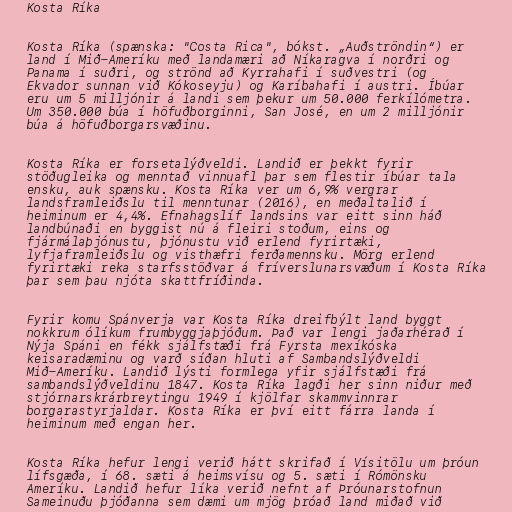
Kosta Ríka

Kosta Ríka (spænska: "Costa Rica", bókst. „Auðströndin“) er
land í Mið-Ameríku með landamæri að Níkaragva í norðri og
Panama í suðri, og strönd að Kyrrahafi í suðvestri (og
Ekvador sunnan við Kókoseyju) og Karíbahafi í austri. Íbúar
eru um 5 milljónir á landi sem þekur um 50.000 ferkílómetra.
Um 350.000 búa í höfuðborginni, San José, en um 2 milljónir
búa á höfuðborgarsvæðinu.

Kosta Ríka er forsetalýðveldi. Landið er þekkt fyrir
stöðugleika og menntað vinnuafl þar sem flestir íbúar tala
ensku, auk spænsku. Kosta Ríka ver um 6,9% vergrar
landsframleiðslu til menntunar (2016), en meðaltalið í
heiminum er 4,4%. Efnahagslíf landsins var eitt sinn háð
landbúnaði en byggist nú á fleiri stoðum, eins og
fjármálaþjónustu, þjónustu við erlend fyrirtæki,
lyfjaframleiðslu og visthæfri ferðamennsku. Mörg erlend
fyrirtæki reka starfsstöðvar á fríverslunarsvæðum í Kosta Ríka
þar sem þau njóta skattfríðinda.

Fyrir komu Spánverja var Kosta Ríka dreifbýlt land byggt
nokkrum ólíkum frumbyggjaþjóðum. Það var lengi jaðarhérað í
Nýja Spáni en fékk sjálfstæði frá Fyrsta mexíkóska
keisaradæminu og varð síðan hluti af Sambandslýðveldi
Mið-Ameríku. Landið lýsti formlega yfir sjálfstæði frá
sambandslýðveldinu 1847. Kosta Ríka lagði her sinn niður með
stjórnarskrárbreytingu 1949 í kjölfar skammvinnrar
borgarastyrjaldar. Kosta Ríka er því eitt fárra landa í
heiminum með engan her.

Kosta Ríka hefur lengi verið hátt skrifað í Vísitölu um þróun
lífsgæða, í 68. sæti á heimsvísu og 5. sæti í Rómönsku
Ameríku. Landið hefur líka verið nefnt af Þróunarstofnun
Sameinuðu þjóðanna sem dæmi um mjög þróað land miðað við